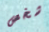
شخص